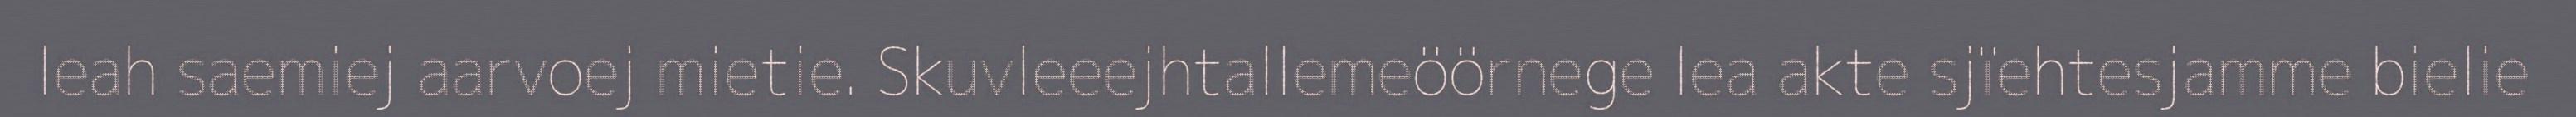
leah saemiej aarvoej mietie. Skuvleeejhtallemeöörnege lea akte sjïehtesjamme bielie